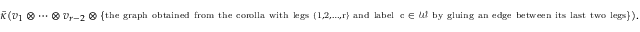
\bar { \kappa } ( v _ { 1 } \otimes \cdots \otimes v _ { r - 2 } \otimes \{ \substack { \mathrm { t h e ~ g r a p h ~ o b t a i n e d ~ f r o m ~ t h e ~ c o r o l l a ~ w i t h ~ l e g s ~ \{ 1 , 2 , \ldots , r \} ~ a n d ~ l a b e l } \, \mathrm { ~ c ~ \in ~ \mathcal { W } ~ b y ~ g l u i n g ~ a n ~ e d g e ~ b e t w e e n ~ i t s ~ l a s t ~ t w o ~ l e g s } } \} ) .